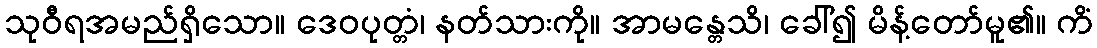
သုဝီရအမည်ရှိသော။ ဒေဝပုတ္တံ၊ နတ်သားကို။ အာမန္တေသိ၊ ခေါ်၍ မိန့်တော်မူ၏။ ကိံ